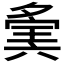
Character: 𡖷